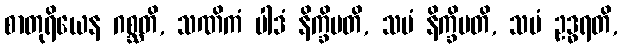
စာတုရိယေန ဂစ္ဆတိ, သဏိကံ ပါဒံ နိက္ခိပတိ, သမံ နိက္ခိပတိ, သမံ ဥဒ္ဓရတိ,